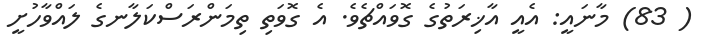
( 83) މާނައީ: އެއީ އާޚިރަތުގެ ގޮވައްޗެވެ. އެ ގޮވަތި ތިމަންރަސްކަލާނގެ ލައްވާހުށީ